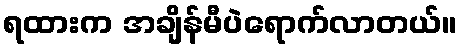
ရထားက အချိန်မီပဲရောက်လာတယ်။